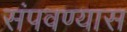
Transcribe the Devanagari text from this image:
संपवण्यास